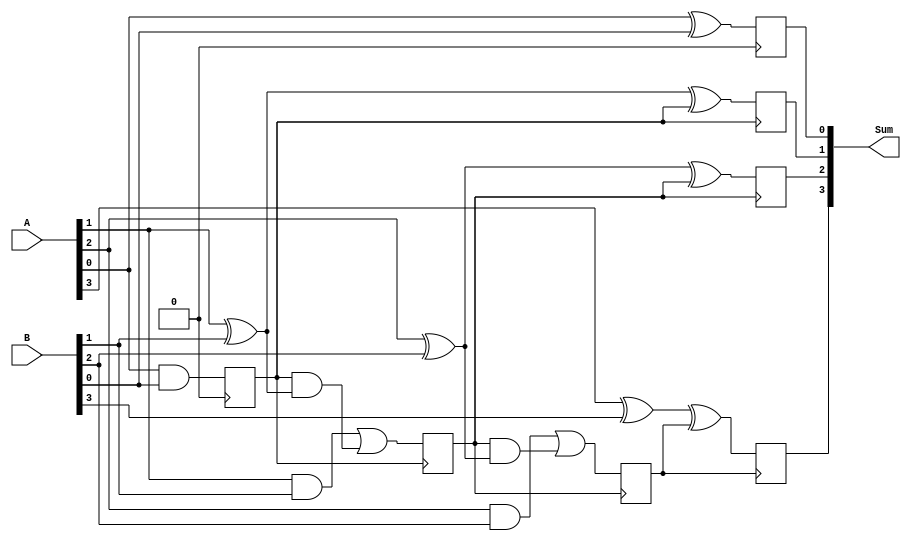
module carry_skip_lookahead_adder (
    input wire [3:0] A,
    input wire [3:0] B,
    output reg [4:0] Sum
);

reg [4:0] C;
reg [4:0] P;
reg [4:0] G;

assign C[0] = 0;

genvar i;

generate
    for (i = 0; i < 4; i = i + 1) begin
        assign P[i] = A[i] ^ B[i];
        assign G[i] = A[i] & B[i];
        always @(posedge C[i]) begin
            Sum[i] <= A[i] ^ B[i] ^ C[i];
            C[i + 1] <= (A[i] & B[i]) | (C[i] & (A[i] ^ B[i]));
        end
    end
endgenerate

endmodule